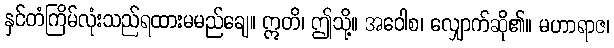
နှင်တံကြိမ်လုံးသည်ရထားမမည်ချေ။ ဣတိ၊ ဤသို့။ အဝေါစ၊ လျှောက်ဆို၏။ မဟာရာဇ၊